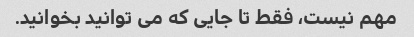
مهم نیست، فقط تا جایی که می توانید بخوانید.